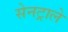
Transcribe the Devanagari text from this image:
सेनट्राले